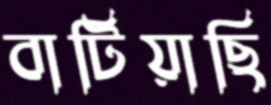
বাটিয়াছি